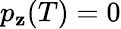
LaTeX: p_{\mathbf{z}}(T)=0